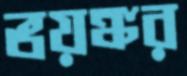
ভয়ঙ্কর